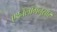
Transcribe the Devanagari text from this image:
एथ्नॅलॉगनुसार